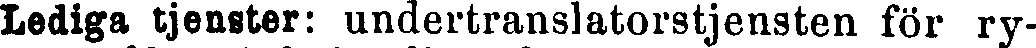
Lediga tjenster: undertranslatorstjensten för ry-